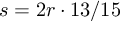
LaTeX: s = 2 r \cdot 1 3 / 1 5